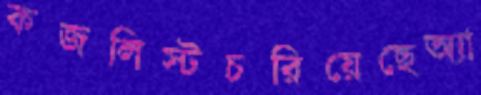
কজলিস্টচরিয়েছেঅ্যা